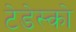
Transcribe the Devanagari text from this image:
टेडेस्को